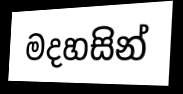
මදහසින්